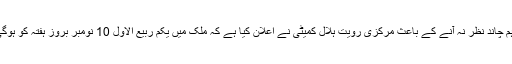
تاہم چاند نظر نہ آنے کے باعث مرکزی رویت ہلال کمیٹی نے اعلان کیا ہے کہ ملک میں یکم ربیع الاول 10 نومبر بروز ہفتہ کو ہوگی۔